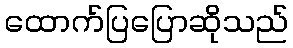
ထောက်ပြပြောဆိုသည်